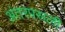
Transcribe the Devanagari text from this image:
अंतरपसली